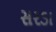
સરડા